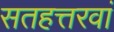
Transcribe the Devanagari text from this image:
सतहत्तरवां